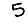
Digit: 5